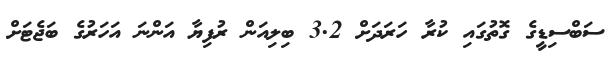
ސަބްސިޑީގެ ގޮތުގައި ކުރާ ހަރަދަށް 3.2 ބިލިއަން ރުފިޔާ އަންނަ އަހަރުގެ ބަޖެޓަށް